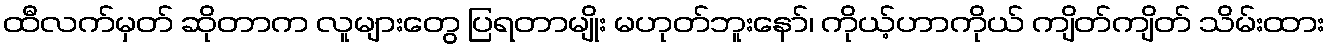
ထီလက်မှတ် ဆိုတာက လူများတွေ ပြရတာမျိုး မဟုတ်ဘူးနော်၊ ကိုယ့်ဟာကိုယ် ကျိတ်ကျိတ် သိမ်းထား